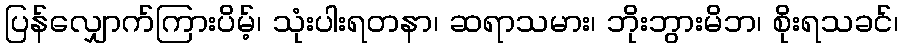
ပြန်လျှောက်ကြားပိမ့်၊ သုံးပါးရတနာ၊ ဆရာသမား၊ ဘိုးဘွားမိဘ၊ စိုးရသခင်၊